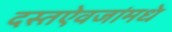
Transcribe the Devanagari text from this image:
दस्तऐवजांमधे